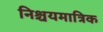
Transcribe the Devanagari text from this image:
निश्चयमात्रिक